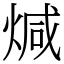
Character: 煘